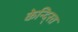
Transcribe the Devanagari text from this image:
केन्दि्रत